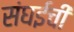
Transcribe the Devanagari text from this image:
संघईची